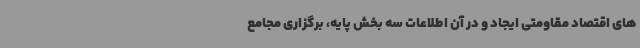
های اقتصاد مقاومتی ایجاد و در آن اطلاعات سه بخش پایه، برگزاری مجامع